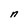
Character: n